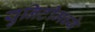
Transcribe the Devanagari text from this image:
युनिटीमध्ये